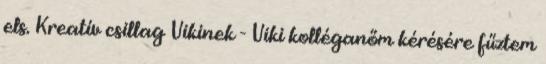
els. Kreatív csillag Vikinek - Viki kolléganőm kérésére fűztem